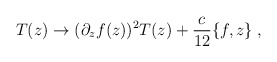
\begin{align*}T(z)\rightarrow (\partial_{z}f(z))^{2}T(z)+\frac{c}{12}\{f,z\}\;,\end{align*}